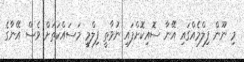
މި ނޫން ފިލްމެއްގައި އޭނާ ސޮއިކޮށްފައި ނުވާތީ ފިލްމީ މަސައްކަތަށް ވެސް އޭނާގެ